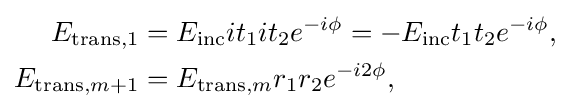
{\begin{aligned}E_{\text{trans,1}}&=E_{\text{inc}}it_{1}it_{2}e^{-i\phi }=-E_{\text{inc}}t_{1}t_{2}e^{-i\phi },\\E_{{\text{trans}},m+1}&=E_{{\text{trans}},m}r_{1}r_{2}e^{-i2\phi },\end{aligned}}